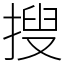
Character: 搜